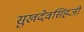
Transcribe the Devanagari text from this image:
सुखदेवसिंहजी